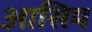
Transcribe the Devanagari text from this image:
आसिम